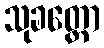
သုခတ္ထော